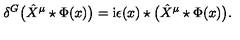
\delta ^ { G } \big ( \hat { X } ^ { \mu } \star \Phi ( x ) \big ) = \mathrm { i } \epsilon ( x ) \star \big ( \hat { X } ^ { \mu } \star \Phi ( x ) \big ) .